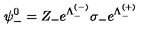
\psi _ { - } ^ { 0 } = Z _ { - } e ^ { \Lambda _ { - } ^ { ( - ) } } \sigma _ { - } e ^ { \Lambda _ { - } ^ { ( + ) } }